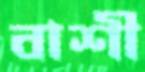
বাশী